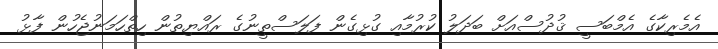
އެމެރިކާގެ އެމްބަސީ ޤުދުސްއަށް ބަދަލު ކުރުމާއި ގުޅިގެން ފަލަސްތީނުގެ ރައްޔިތުން ހިތްހަމަނުޖެހުން ފާޅު